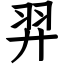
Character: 羿